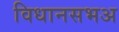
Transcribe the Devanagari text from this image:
विधानसभअ